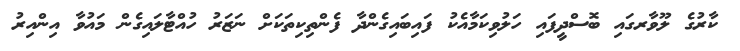
ކާރުގެ ލޫވާރގައި ބޮސްދީފައި ހަލުވިކަމާއެކު ފައިބައިގެންދާ ފެންތިކިތަކަށް ނަޒަރު ހުއްޓާލައިގެން މައުވާ އިންއިރު